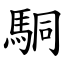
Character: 駧